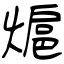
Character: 熩